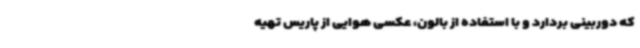
که دوربینی بردارد و با استفاده از بالون، عکسی هوایی از پاریس تهیه